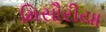
મિસૌરીયા